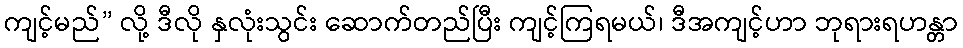
ကျင့်မည်” လို့ ဒီလို နှလုံးသွင်း ဆောက်တည်ပြီး ကျင့်ကြရမယ်၊ ဒီအကျင့်ဟာ ဘုရားရဟန္တာ